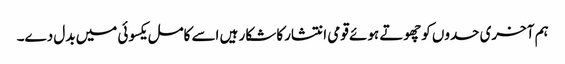
ہم آخری حدوں کوچھوتے ہوئے قومی انتشارکا شکار ہیں اسے کامل یکسوئی میں بدل دے۔